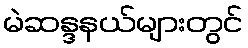
မဲဆန္ဒနယ်များတွင်